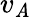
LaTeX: v_{\mathit{A}}